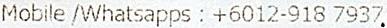
MOBILE /WHATSAPPS : +6012-918 7937